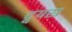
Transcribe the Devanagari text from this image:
द्वयस्र